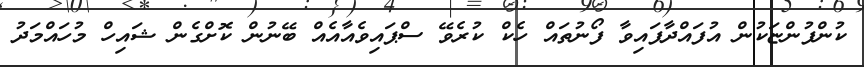
ކުންފުންޏަކުން އުފައްދާފައިވާ ފޯނުތައް ހެކް ކުރެވޭ ސްޕައިވެއާއެއް ބޭނުން ކޮށްގެން ޝައިހް މުހައްމަދު